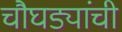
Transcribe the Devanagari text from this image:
चौघड्यांची